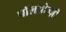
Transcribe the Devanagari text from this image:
पॉलओज्ज़ी